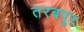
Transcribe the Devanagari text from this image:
तरबपुर